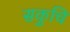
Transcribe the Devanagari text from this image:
सकुचि